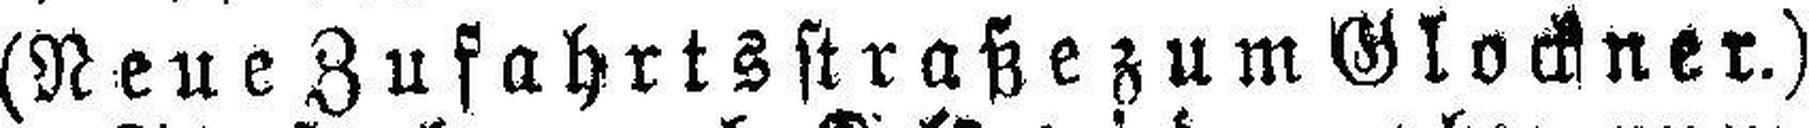
(Neue Zufahrtsstraße zum Glockner.)